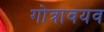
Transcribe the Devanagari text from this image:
गोत्रावयव